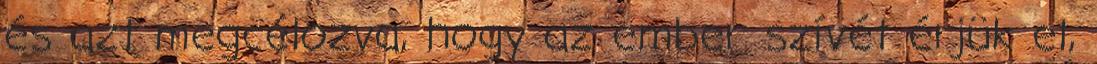
és azt megcélozva, hogy az ember szívét érjük el,